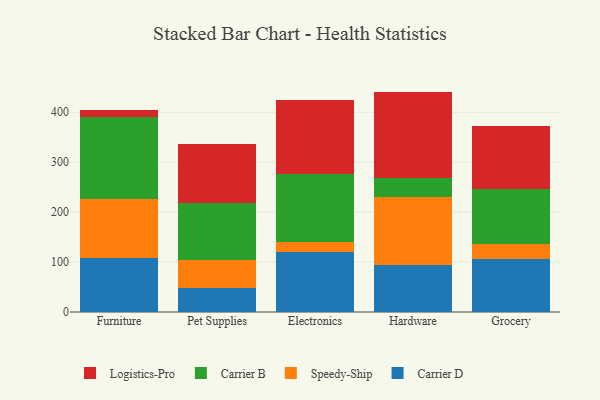
{"axis": {"x": "Category", "y": "Waste Production (Tons)"}, "legend": ["Carrier B", "Carrier D", "Logistics-Pro", "Speedy-Ship"], "data": [{"x": "Furniture", "y": 108.5, "type": "Carrier D"}, {"x": "Furniture", "y": 117.1, "type": "Speedy-Ship"}, {"x": "Furniture", "y": 165.0, "type": "Carrier B"}, {"x": "Furniture", "y": 14.1, "type": "Logistics-Pro"}, {"x": "Pet Supplies", "y": 47.3, "type": "Carrier D"}, {"x": "Pet Supplies", "y": 56.3, "type": "Speedy-Ship"}, {"x": "Pet Supplies", "y": 115.6, "type": "Carrier B"}, {"x": "Pet Supplies", "y": 118.1, "type": "Logistics-Pro"}, {"x": "Electronics", "y": 119.7, "type": "Carrier D"}, {"x": "Electronics", "y": 20.4, "type": "Speedy-Ship"}, {"x": "Electronics", "y": 136.8, "type": "Carrier B"}, {"x": "Electronics", "y": 146.7, "type": "Logistics-Pro"}, {"x": "Hardware", "y": 94.3, "type": "Carrier D"}, {"x": "Hardware", "y": 135.4, "type": "Speedy-Ship"}, {"x": "Hardware", "y": 39.4, "type": "Carrier B"}, {"x": "Hardware", "y": 172.2, "type": "Logistics-Pro"}, {"x": "Grocery", "y": 105.3, "type": "Carrier D"}, {"x": "Grocery", "y": 31.2, "type": "Speedy-Ship"}, {"x": "Grocery", "y": 110.1, "type": "Carrier B"}, {"x": "Grocery", "y": 126.0, "type": "Logistics-Pro"}]}